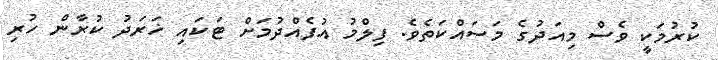
ކުރުމަކީ ވެސް މިއަދުގެ މަސައްކަތެވެ. ފިލްމު އުފެއްދުމަށް ޓަކައި ޚަރަދު ކުރާން ހުރި